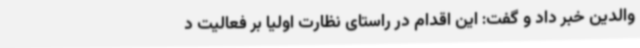
والدین خبر داد و گفت: این اقدام در راستای نظارت اولیا بر فعالیت د